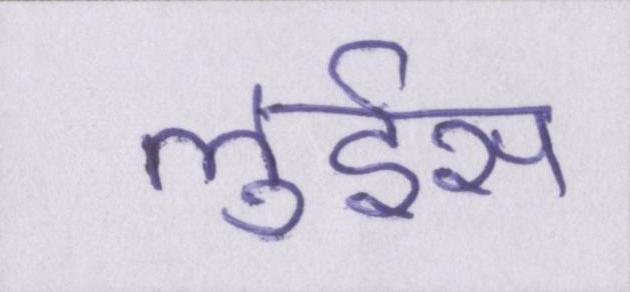
लुईस